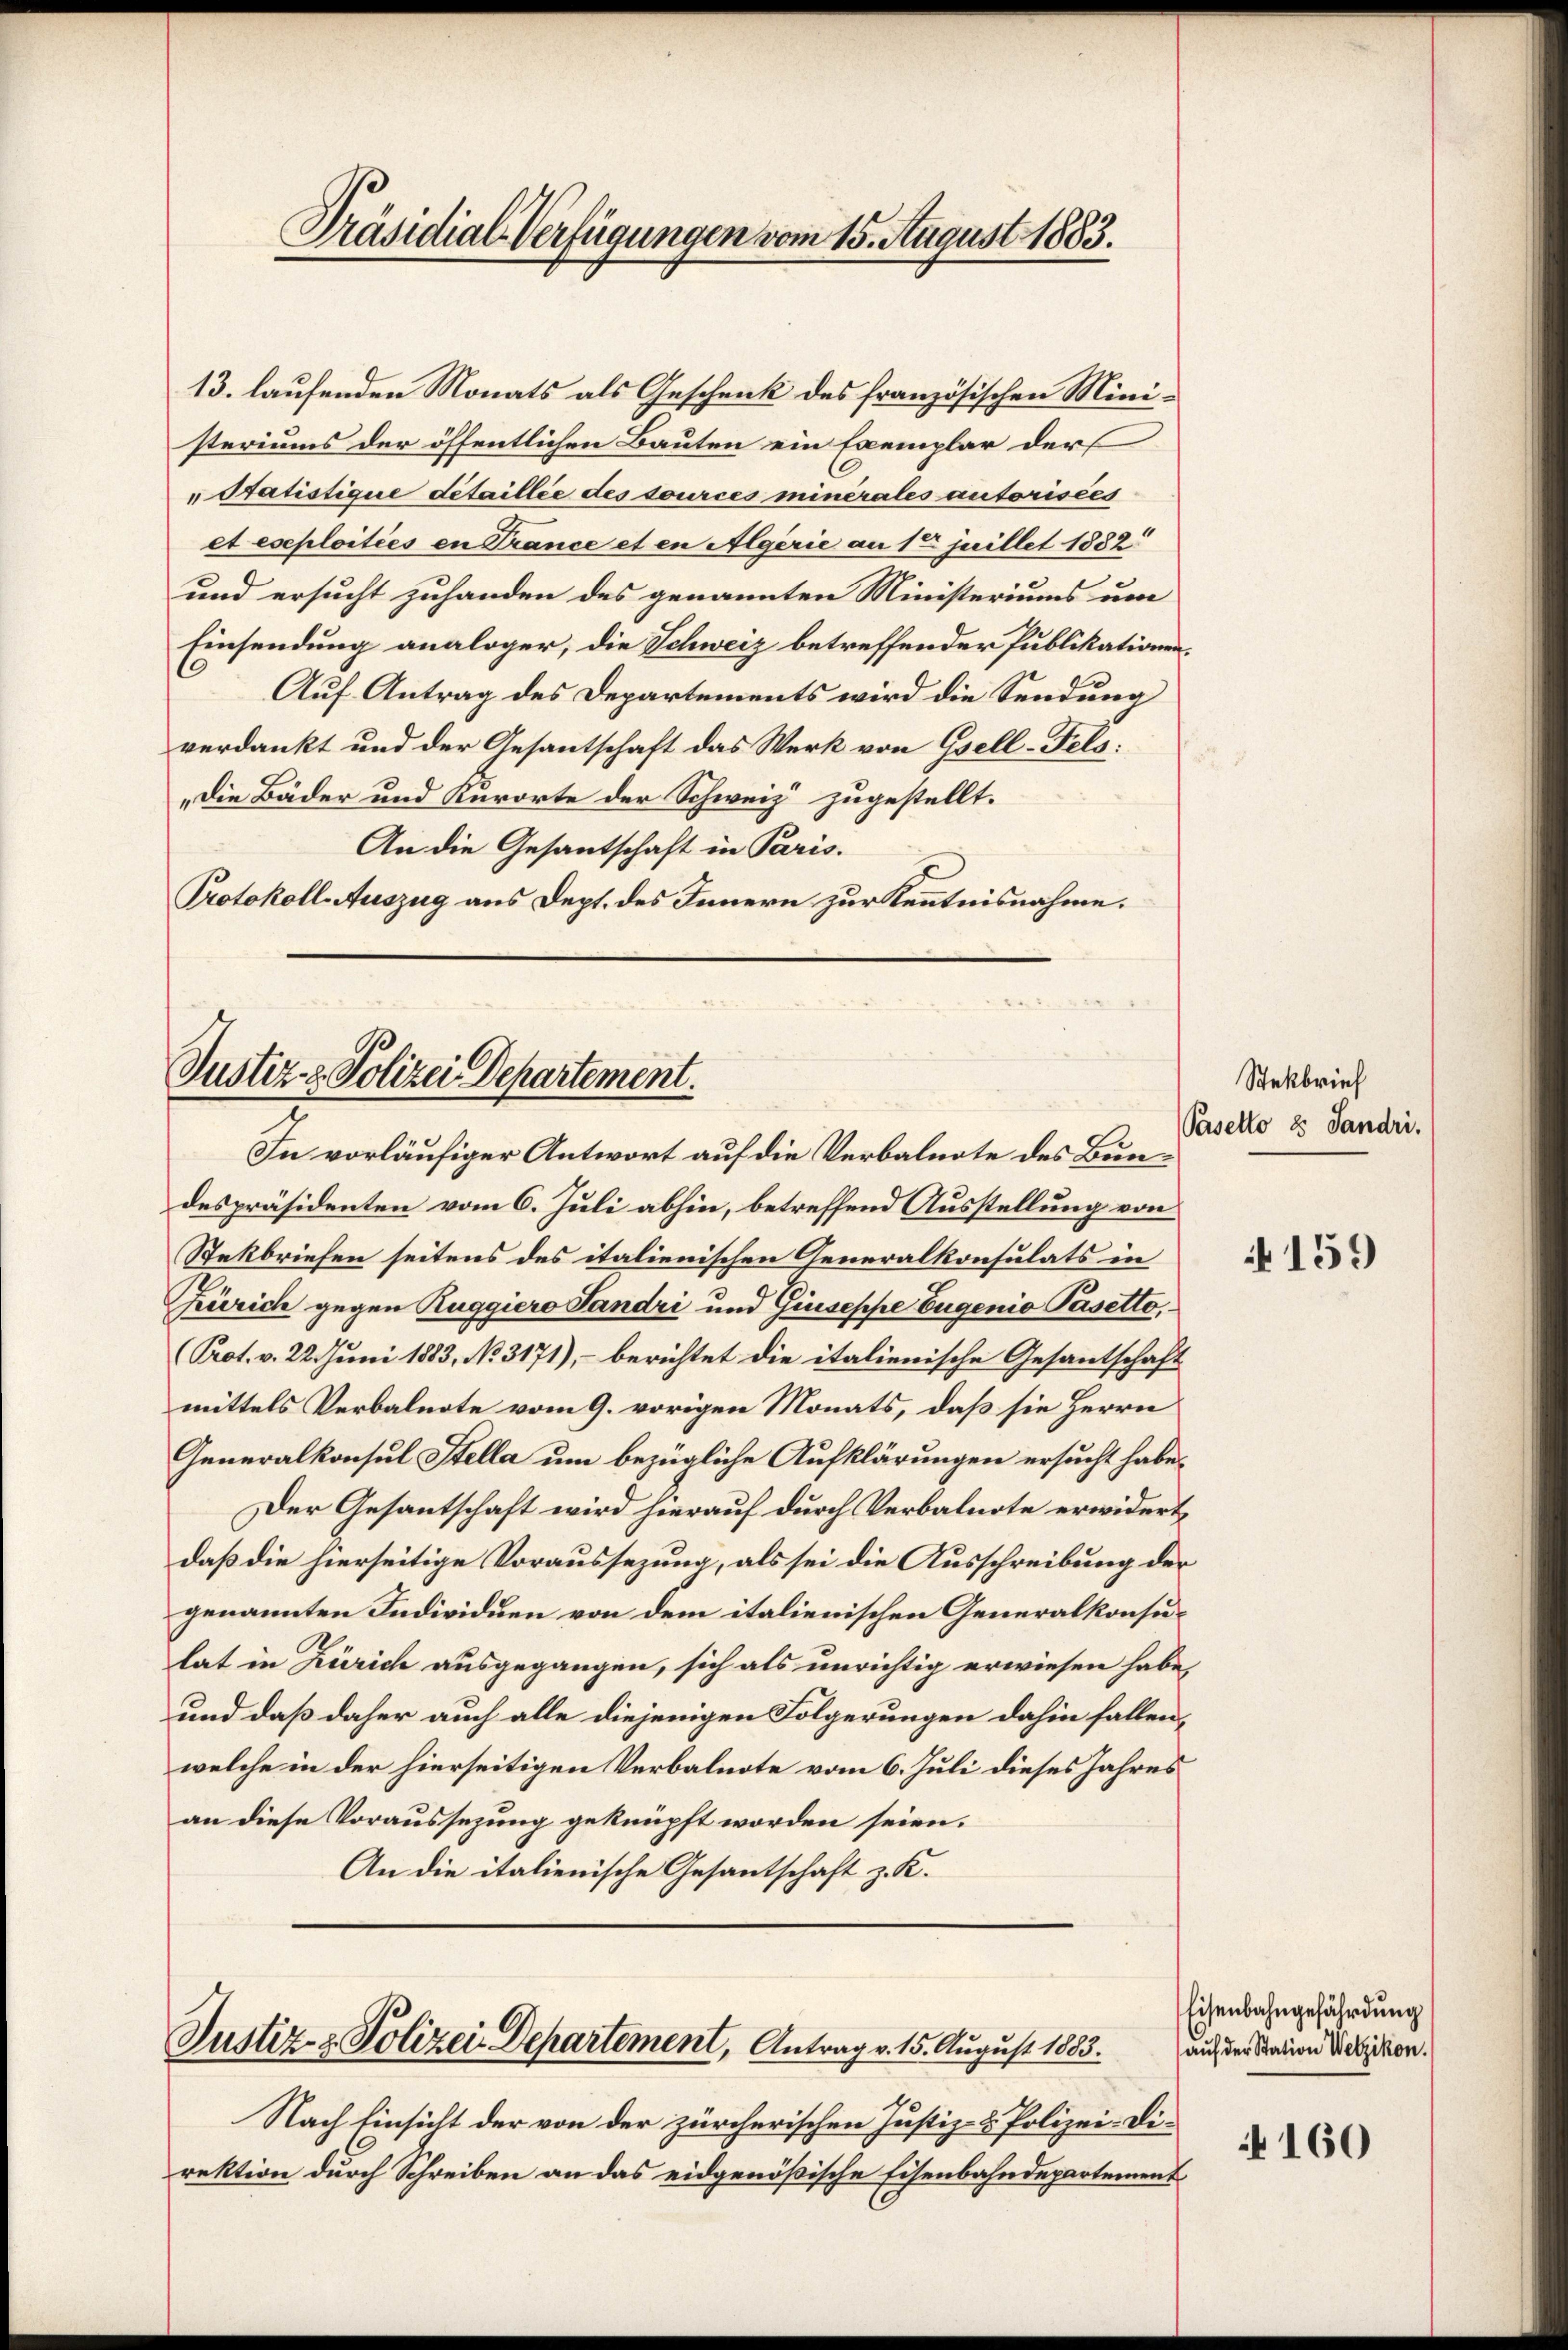
Präsidial-Verfügungen vom 15. August 1883.

13. laufenden Monats als Geschenk des französischen Ministeriums der öffentlichen Bauten ein Exemplar der
„Statistique detaillée des sources minerales autorisées
et eseploitées en Trance et en Algerie an 15 juillet 1888
und ersucht zuhanden des genannten Ministeriums um
Einsendung analoger, die Schweiz betreffender Publikationen¬
Auf Antrag des Departements wird die Sendung
verdankt und der Gesantschaft das Werk von Gsell-Feli¬
„Die Bäder und Kurorte der Schweiz zugestellt.
An die Gesantschaft in Paris.
Protokoll-Auszug aus Dept. des Innern zur Kenntnisnahme.

Justiz- & Polizei Departement.

In vorläufiger Antwort auf die Verbalnote des Bundespräsidenten vom 6. Juli abhin, betreffend Ausstellung von
Stekbriefen seitens des italienischen Generalkonsulats in
Zürich gegen Zuggiero Sandri und Giuseppe Eugenio Pasetto,
(Prot. v. 22. Juni 1883, No 3171), – berichtet die italienische Gesantschaft
mittels Verbalnote vom 9. vorigen Monats, daß sie Herrn
Generalkonsul Stella um bezügliche Aufklärungen ersucht habe.
Der Gesantschaft wird hierauf durch Verbalnote erwidert,
daß die hierseitige Voraussezung, als sei die Ausschreibung der
genannten Individuen von dem italienischen Generalkonsulat in Zürich ausgegangen, sich als unrichtig erwiesen habe,
und daß daher auch alle diejenigen Folgerungen dahin fallen,
welche in der hierseitigen Verbalnote vom 6. Juli dieses Jahres
an diese Voraussezung geknüpft worden seien.
An die italienische Gesantschaft z. K.

Justiz- & Polizei Departement, Antrag v. 15. August 1883.

Nach Einsicht der von der zürcherischen Justiz- & Polizei-Direktion durch Schreiben an das eidgenößische Eisenbahndepartement

Steckbrief
Pasetto es Sandri.

159

Eisenbahngefährdung
auf der Station Wetzikon.

160